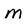
Character: m